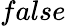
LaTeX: false